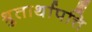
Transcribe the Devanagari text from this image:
श्रुतार्थापत्ति